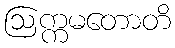
ဩက္ကမတောတိ